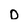
Character: 0